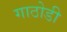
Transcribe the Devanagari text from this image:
गाठोडी